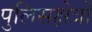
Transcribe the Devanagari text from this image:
पुलिसक्षेत्रों